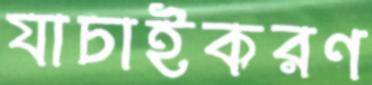
যাচাইকরণ